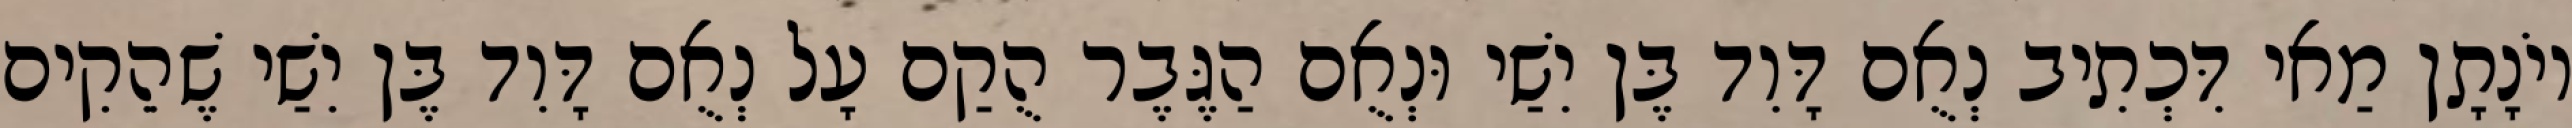
יוֹנָתָן מַאי דִּכְתִיב נְאֻם דָּוִד בֶּן יִשַׁי וּנְאֻם הַגֶּבֶר הֻקַם עָל נְאֻם דָּוִד בֶּן יִשַׁי שֶׁהֵקִים